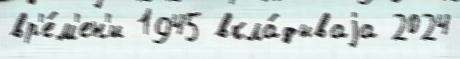
вр'е́м'ен'и 1945 вкла́дываjа 2024